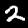
Digit: 2